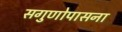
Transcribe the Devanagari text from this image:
सगुणोपासना